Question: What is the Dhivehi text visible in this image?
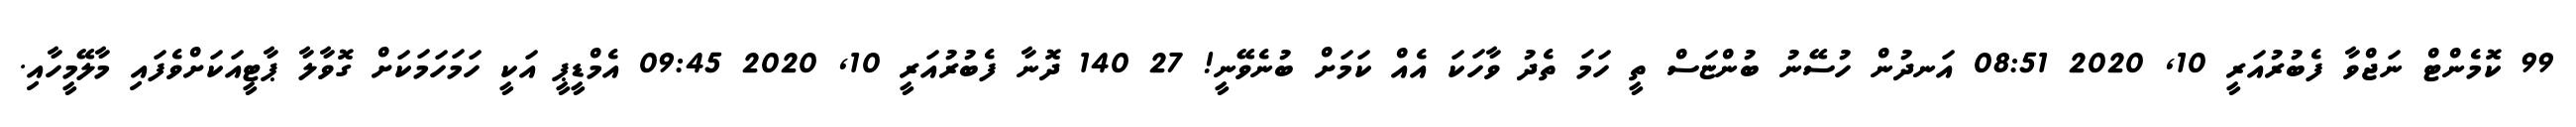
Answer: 99 ކޮމެންޓް ނަޖްވާ ފެބުރުއަރީ 10, 2020 08:51 އަނދުން ހުސޭނު ބުންޏަސް ތީ ހަމަ ތެދު ވާހަކަ އެއް ކަމަށް ބުނެވޭނީ! 27 140 ދޮނާ ފެބުރުއަރީ 10, 2020 09:45 އެމްޑީޕީ އަކީ ހަމަހަމަކަށް ގޮވާލާ ޕާޓީއަކަށްވެފައި މާލޭމީހާއި.